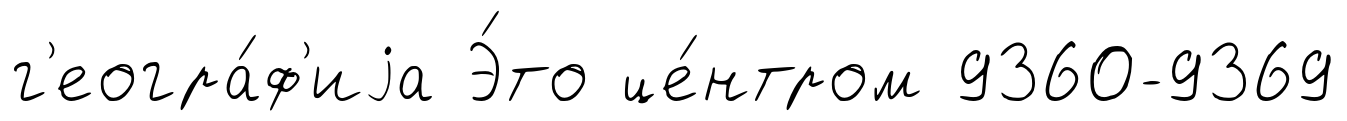
г'еогра́ф'иjа Э́то це́нтром 9360-9369